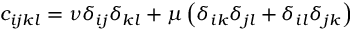
c _ { i j k l } = \nu \delta _ { i j } \delta _ { k l } + \mu \left( \delta _ { i k } \delta _ { j l } + \delta _ { i l } \delta _ { j k } \right)